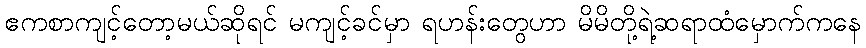
ဧကစာကျင့်တော့မယ်ဆိုရင် မကျင့်ခင်မှာ ရဟန်းတွေဟာ မိမိတို့ရဲ့ဆရာထံမှောက်ကနေ